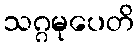
သဂ္ဂမုပေတိ